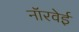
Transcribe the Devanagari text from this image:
नॉरवेई